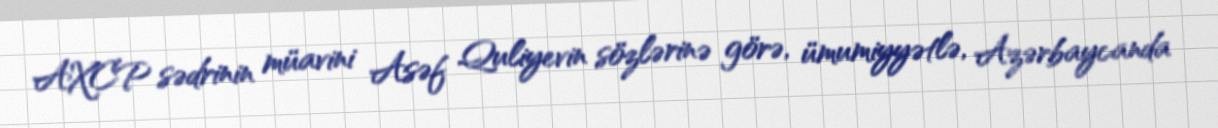
AXCP sədrinin müavini Asəf Quliyevin sözlərinə görə, ümumiyyətlə, Azərbaycanda